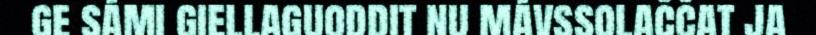
ge sámi giellaguoddit nu mávssolaččat ja